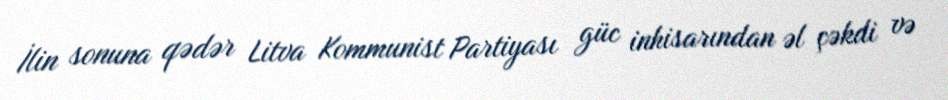
İlin sonuna qədər Litva Kommunist Partiyası güc inhisarından əl çəkdi və